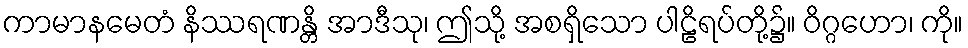
ကာမာနမေတံ နိဿရဏန္တိ အာဒီသု၊ ဤသို့ အစရှိသော ပါဠိရပ်တို့၌။ ဝိဂ္ဂဟော၊ ကို။